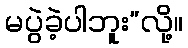
မပွဲခဲ့ပါဘူး”လို့။